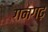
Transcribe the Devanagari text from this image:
गनगढ़